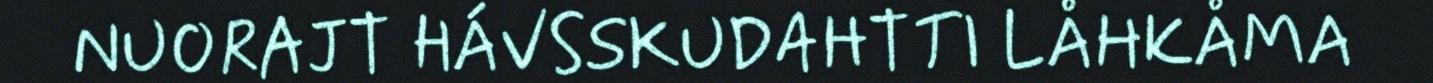
NUORAJT HÁVSSKUDAHTTI LÅHKÅMA